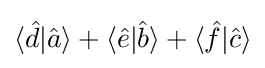
\langle {\hat {d}}|{\hat {a}}\rangle +\langle {\hat {e}}|{\hat {b}}\rangle +\langle {\hat {f}}|{\hat {c}}\rangle